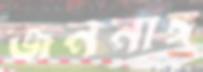
জননাঙ্গ